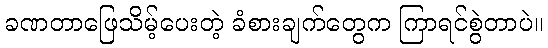
ခဏတာဖြေသိမ့်ပေးတဲ့ ခံစားချက်တွေက ကြာရင်စွဲတာပဲ။